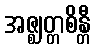
အဇ္ဈတ္တစိန္တီ